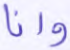
وإنا